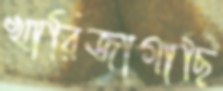
খারিজাগাছি